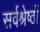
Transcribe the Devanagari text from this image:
सर्वश्रेष्ठों